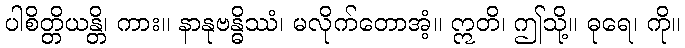
ပါစိတ္တိယန္တိ၊ ကား။ နာနုဗန္ဓိဿံ၊ မလိုက်တောအံ့။ ဣတိ၊ ဤသို့။ ဓုရေ၊ ကို။